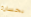
بخسارة